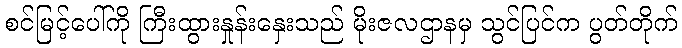
စင်မြင့်ပေါ်ကို ကြီးထွားနှုန်းနှေးသည် မိုးဇလဌာနမှ သွင်ပြင်က ပွတ်တိုက်